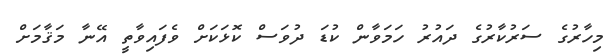
މިހާރުގެ ސަރުކާރުގެ ދައުރު ހަމަވާން ކުޑަ ދުވަސް ކޮޅަކަށް ވެފައިވާތީ އޭނާ މަޤާމަށް